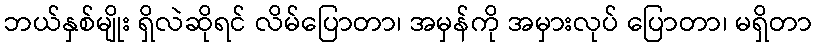
ဘယ်နှစ်မျိုး ရှိလဲဆိုရင် လိမ်ပြောတာ၊ အမှန်ကို အမှားလုပ် ပြောတာ၊ မရှိတာ